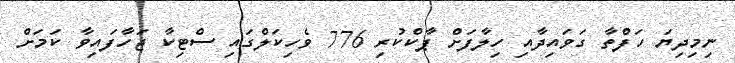
ނިމިދިޔަ ހަފްތާ ގަވައިދާއި ހިލާފަށް ޕާކްކުރި 776 ވެހިކަލްގައި ސްޓިކާ ޖަހާފައިވާ ކަމަށް